Statistical return of the lunatic asylum in Assam - 1912-1932
Year: 1912
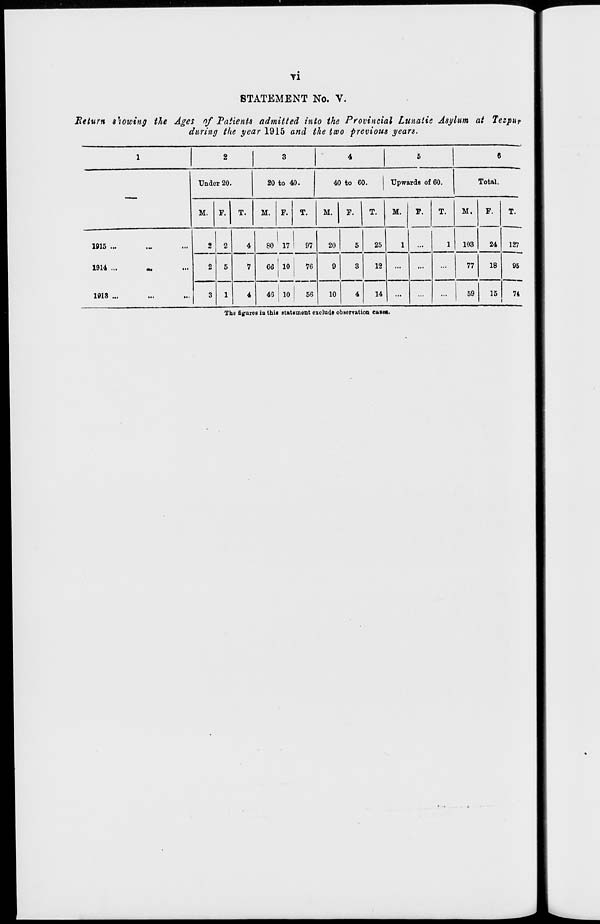
Tl
STATEMENT No. V.
Return showing the Ages of Patients admitted into the Provincial Lunaiie Asylum at Tezpur
during the year 1915 and the two previous years.
1
2
3
4
5
6
Under 20.
20 to 40.
40 to 60.
Upwards of 60.
Total.
M. F. T.
M. F. T.
M.
F.
T.
M.
F.
T.
M.
F.
T.
iyi\) •*'
it.
••*
2 2
4
I
80 17
97
20
5
25
1
1
103
24 127
1911 ...
2 5
7
66 ! 10
I
76
9
3
12
...
...
...
77
18
95
lplo » M
ttl
to
3 1
4
40 10
56
10
4
14
~
...
...
59
15
7i
The figures iu thin statement exclude observation cases.